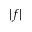
| f |